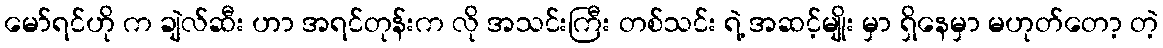
မော်ရင်ဟို က ချဲလ်ဆီး ဟာ အရင်တုန်းက လို အသင်းကြီး တစ်သင်း ရဲ့ အဆင့်မျိုး မှာ ရှိနေမှာ မဟုတ်တော့ တဲ့